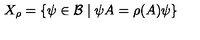
X _ { \rho } = \left\{ \psi \in \mathcal { B } \mid \psi A = \rho ( A ) \psi \right\}